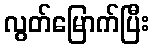
လွတ်မြောက်ပြီး